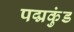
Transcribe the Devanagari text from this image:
पद्मकुंड